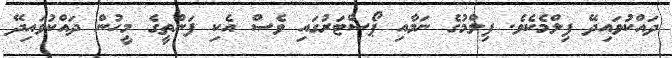
ދައްކުވައިދޭ ފިލްމެކެވެ. ފިލްމުގެ ނަމާއި ޕޯސްޓަރުގައި ވެސް އެކި ފަންތީގެ މީހުން ދައްކުވައިދޭ